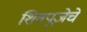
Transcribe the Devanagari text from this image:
शिवपूजेचे